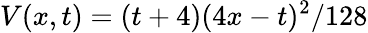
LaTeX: V(x,t)=(t+4)(4x-t)^{2}/128